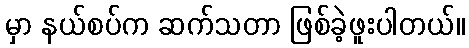
မှာ နယ်စပ်က ဆက်သတာ ဖြစ်ခဲ့ဖူးပါတယ်။